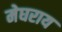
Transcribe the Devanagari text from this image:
मेघराय